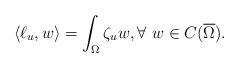
LaTeX: \begin{align*} \langle\ell_u,w\rangle=\int_\Omega \zeta_u w,\forall\ w\in C(\overline{\Omega}).\end{align*}